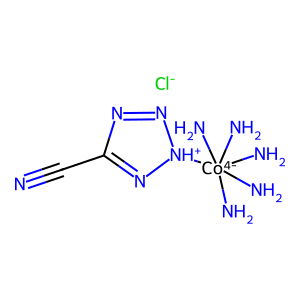
SMILES: N#CC1=N[NH+]([Co-4](N)(N)(N)(N)N)N=N1.[Cl-]
Inhibits HIV replication: No